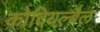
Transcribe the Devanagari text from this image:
कोदियल्बैल